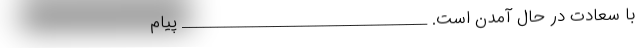
با سعادت در حال آمدن است. ___________________________________ پیام